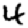
Digit: 4